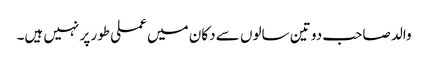
والد صاحب دو تین سالوں سے دکان میں عملی طور پر نہیں ہیں۔